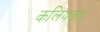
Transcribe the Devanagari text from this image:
कलियन्नन